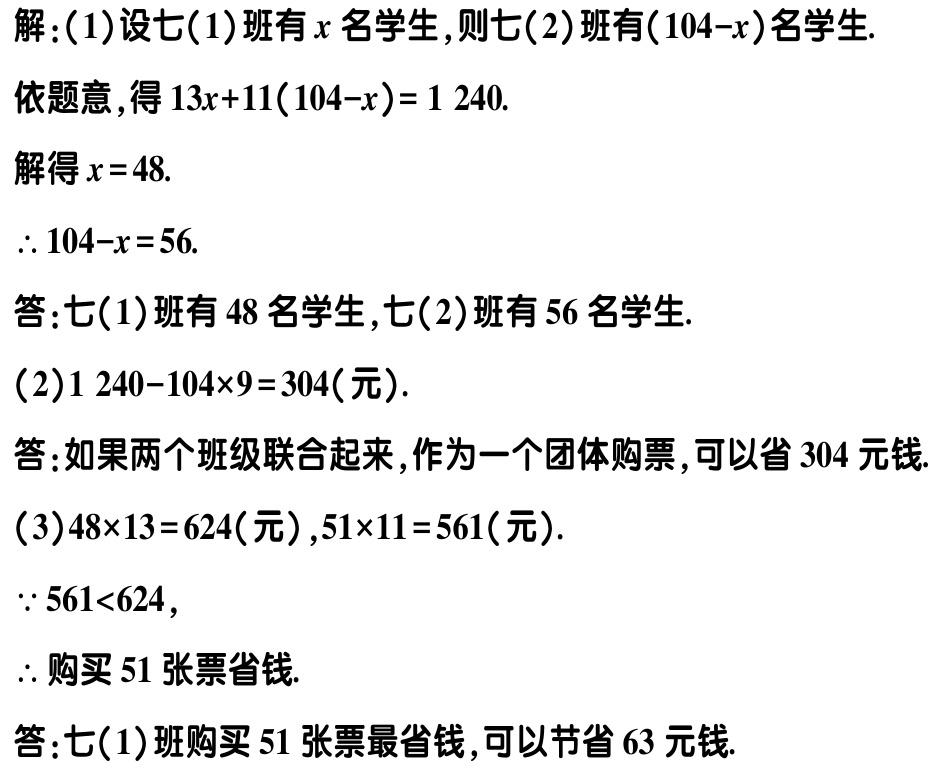
解：(1)设七(1)班有\(x\)名学生,则七(2)班有\((104 - x)\)名学生.

依题意,得\(13x + 11(104 - x)=1240\).

解得\(x = 48\).

\(\therefore 104 - x = 56\).

答:七(1)班有\(48\)名学生,七(2)班有\(56\)名学生.

(2)\(1240 - 104\times9 = 304\)(元).

答:如果两个班级联合起来,作为一个团体购票,可以省\(304\)元钱.

(3)\(48\times13 = 624\)(元),\(51\times11 = 561\)(元).

\(\because 561\lt624\),

\(\therefore\)购买\(51\)张票省钱.

答:七(1)班购买\(51\)张票最省钱,可以节省\(63\)元钱.